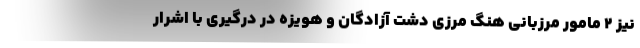
نیز ۲ مامور مرزبانی هنگ مرزی دشت آزادگان و هویزه در درگیری با اشرار